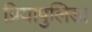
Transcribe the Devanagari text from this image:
प्रियापुलिडा